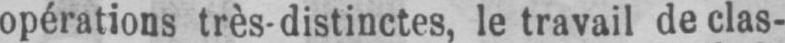
opérations très-distinctes, le travail de clas-